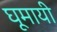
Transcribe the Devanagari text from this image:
घूमायी